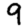
Digit: 9